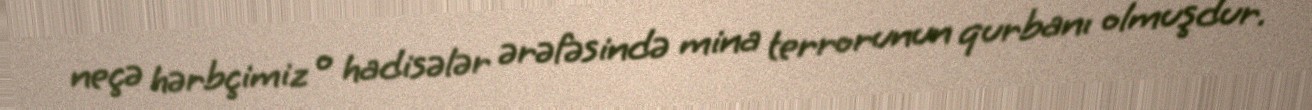
neçə hərbçimiz o hadisələr ərəfəsində mina terrorunun qurbanı olmuşdur.